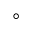
\circ